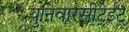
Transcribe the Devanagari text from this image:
युनिवारसीटेईट